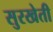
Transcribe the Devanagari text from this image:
सुरखेती